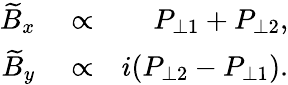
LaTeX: \begin{array}{rlr}{\widetilde{B}_{x}}&{{}\propto}&{P_{\perp 1}+P_{\perp 2},}\\ {\widetilde{B}_{y}}&{{}\propto}&{i(P_{\perp 2}-P_{\perp 1}).}\end{array}